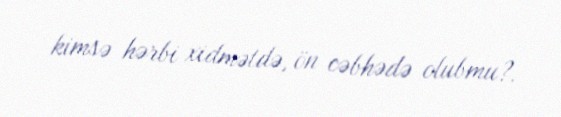
kimsə hərbi xidmətdə, ön cəbhədə olubmu?.